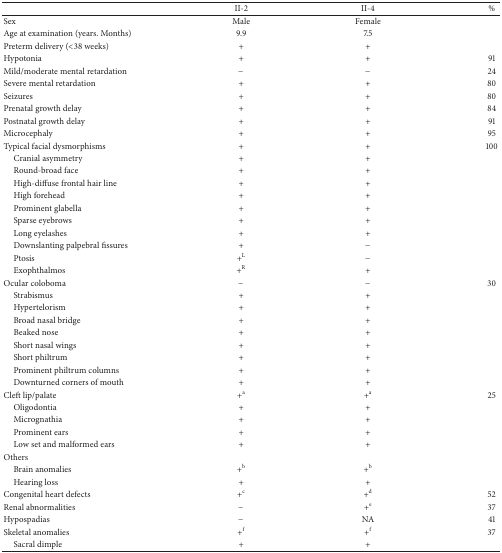
<table><thead><tr><td><b> </b></td><td><b>II-2</b></td><td><b>II-4 </b></td><td><b>%</b></td></tr></thead><tbody><tr><td>Sex</td><td>Male</td><td>Female</td><td> </td></tr><tr><td>Age at examination (years. Months)</td><td>9.9</td><td>7.5</td><td> </td></tr><tr><td>Preterm delivery (&lt;38 weeks)</td><td>+</td><td>+</td><td> </td></tr><tr><td>Hypotonia</td><td>+</td><td>+</td><td>91</td></tr><tr><td>Mild/moderate mental retardation</td><td>−</td><td>−</td><td>24</td></tr><tr><td>Severe mental retardation </td><td>+</td><td>+</td><td>80</td></tr><tr><td>Seizures</td><td>+</td><td>+</td><td>80</td></tr><tr><td>Prenatal growth delay </td><td>+</td><td>+</td><td>84</td></tr><tr><td>Postnatal growth delay </td><td>+</td><td>+</td><td>91</td></tr><tr><td>Microcephaly </td><td>+</td><td>+</td><td>95</td></tr><tr><td>Typical facial dysmorphisms</td><td>+</td><td>+</td><td>100</td></tr><tr><td> Cranial asymmetry</td><td>+</td><td>+</td><td> </td></tr><tr><td> Round-broad face</td><td>+</td><td>+</td><td> </td></tr><tr><td> High-diffuse frontal hair line</td><td>+</td><td>+</td><td> </td></tr><tr><td> High forehead</td><td>+</td><td>+</td><td> </td></tr><tr><td> Prominent glabella</td><td>+</td><td>+</td><td> </td></tr><tr><td> Sparse eyebrows</td><td>+</td><td>+</td><td> </td></tr><tr><td> Long eyelashes</td><td>+</td><td>+</td><td> </td></tr><tr><td> Downslanting palpebral fissures</td><td>+</td><td>−</td><td> </td></tr><tr><td> Ptosis</td><td>+<sup>L</sup></td><td>−</td><td> </td></tr><tr><td> Exophthalmos</td><td>+<sup>R</sup></td><td>+</td><td> </td></tr><tr><td>Ocular coloboma</td><td>−</td><td>−</td><td>30</td></tr><tr><td> Strabismus</td><td>+</td><td>+</td><td> </td></tr><tr><td> Hypertelorism</td><td>+</td><td>+</td><td> </td></tr><tr><td> Broad nasal bridge</td><td>+</td><td>+</td><td> </td></tr><tr><td> Beaked nose </td><td>+</td><td>+</td><td> </td></tr><tr><td> Short nasal wings</td><td>+</td><td>+</td><td> </td></tr><tr><td> Short philtrum</td><td>+</td><td>+</td><td> </td></tr><tr><td> Prominent philtrum columns</td><td>+</td><td>+</td><td> </td></tr><tr><td> Downturned corners of mouth</td><td>+</td><td>+</td><td> </td></tr><tr><td>Cleft lip/palate</td><td>+<sup>a</sup></td><td>+<sup>a</sup></td><td>25</td></tr><tr><td> Oligodontia</td><td>+</td><td>+</td><td> </td></tr><tr><td> Micrognathia</td><td>+</td><td>+</td><td> </td></tr><tr><td> Prominent ears</td><td>+</td><td>+</td><td> </td></tr><tr><td> Low set and malformed ears</td><td>+</td><td>+</td><td> </td></tr><tr><td>Others </td><td> </td><td> </td><td> </td></tr><tr><td> Brain anomalies</td><td>+<sup>b</sup></td><td>+<sup>b</sup></td><td> </td></tr><tr><td> Hearing loss</td><td>+</td><td>+</td><td> </td></tr><tr><td>Congenital heart defects</td><td>+<sup>c</sup></td><td>+<sup>d</sup></td><td>52</td></tr><tr><td>Renal abnormalities</td><td>−</td><td>+<sup>e</sup></td><td>37</td></tr><tr><td>Hypospadias</td><td>−</td><td>NA</td><td>41</td></tr><tr><td>Skeletal anomalies </td><td>+<sup>f</sup></td><td>+<sup>f</sup></td><td>37</td></tr><tr><td> Sacral dimple</td><td>+</td><td>+</td><td> </td></tr></tbody></table>